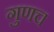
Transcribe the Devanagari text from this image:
गुणच